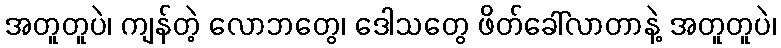
အတူတူပဲ၊ ကျန်တဲ့ လောဘတွေ၊ ဒေါသတွေ ဖိတ်ခေါ်လာတာနဲ့ အတူတူပဲ၊